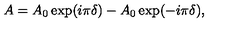
A = A _ { 0 } \exp ( i \pi \delta ) - A _ { 0 } \exp ( - i \pi \delta ) ,